Reports on dispensaries and lunatic asylums in the Province of Oudh - 1869-1876
Year: 1869
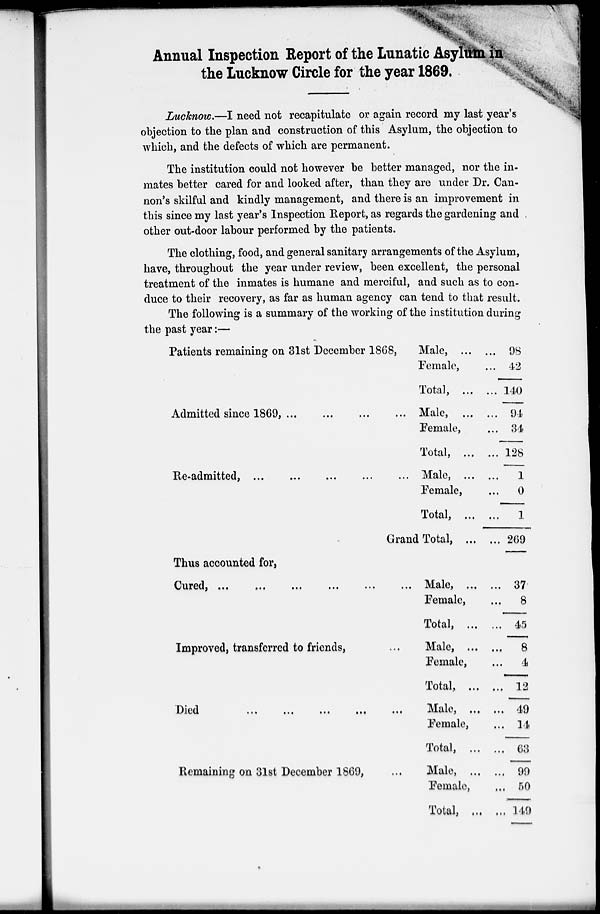
Annual Inspection Report of the Lunatic Asylum in
the Lucknow Circle for the year 1869.
Lucknow.—I need not recapitulate or again record my last year's
objection to the plan and construction of this Asylum, the objection to
which, and the defects of which are permanent.
The institution could not however be better managed, nor the in-
mates better cared for and looked after, than they are under Dr. Can-
non's skilful and kindly management, and there is an improvement in
this since my last year's Inspection Report, as regards the gardening and
other out-door labour performed by the patients.
The clothing, food, and general sanitary arrangements of the Asylum,
have, throughout the year under review, been excellent, the personal
treatment of the inmates is humane and merciful, and such as to con-
duce to their recovery, as far as human agency can tend to that result.
The following is a summary of the working of the institution during
the past year:—
Patients remaining on 31st December 1868,
Admitted since 1869,
...
...
...
...
Re-admitted, ... ... ... ... ...
Male, ... ...
Female, ...
Total, ... ...
Male, ... ...
Female, ...
Total, ... ...
Male, ... ...
Female, ...
Total, ... ...
Grand Total, ... ...
Thus accounted for,
Cured,
...
...
...
...
...
...
Improved, transferred to friends, ...
Died ... ... ... ... ...
Remaining on 31st December 1869, ...
Male, ... ...
Female, ...
Total, ... ...
Male, ... ...
Female, ...
Total, ... ...
Male, ... ...
Female, ...
Total, ... ...
Male, ... ...
Female, ...
Total, ... ...
98
42
140
94
34
128
1
0
1
269
37
8
45
8
4
12
49
14
63
99
50
149